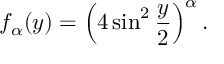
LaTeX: f _ { \alpha } ( y ) = \left( 4 \sin ^ { 2 } \frac { y } { 2 } \right) ^ { \alpha } .